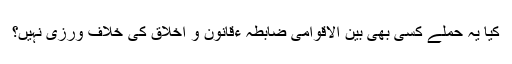
کیا یہ حملے کسی بھی بین الاقوامی ضابطہ ءقانون و اخلاق کی خلاف ورزی نہیں؟